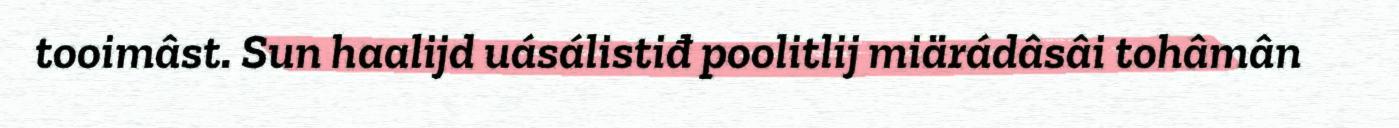
tooimâst. Sun haalijd uásálistiđ poolitlij miärádâsâi tohâmân